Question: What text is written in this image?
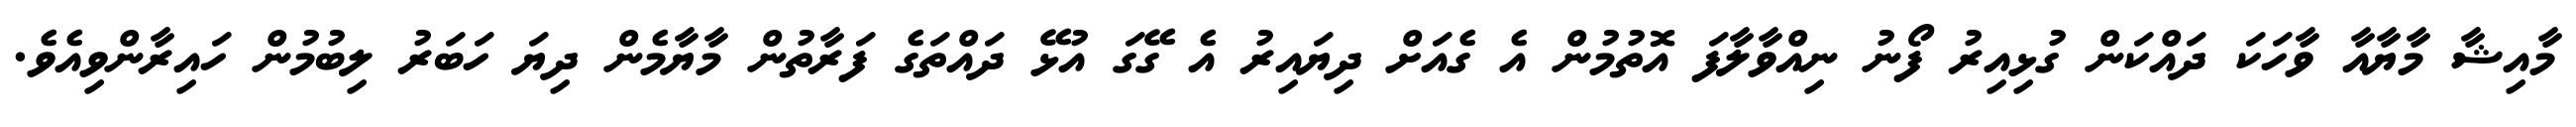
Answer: މާއިޝާ މާޔާއާ ވާހަކަ ދައްކަން ގުޅިއިރު ފޯނު ނިއްވާލާފަ އޮތުމުން އެ ގެއަށް ދިޔައިރު އެ ގޭގަ އުޅޭ ދައްތަގެ ފަރާތުން މާޔާމެން ދިޔަ ހަބަރު ލިބުމުން ހައިރާންވިއެވެ.